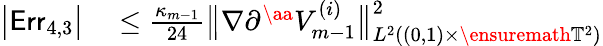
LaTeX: \begin{array}{rl}{\bigl|\mathsf{Err}_{4,3}\bigr|}&{{}\leq\frac{\kappa_{m-1}}{24}\bigl\| \nabla\partial^{\aa}V_{m-1}^{(i)}\bigr\| _{L^{2}((0,1)\times\ensuremath{\mathbb{T}}^{2})}^{2}}\end{array}